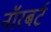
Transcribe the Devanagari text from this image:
नॉरबर्ट